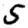
Digit: 5